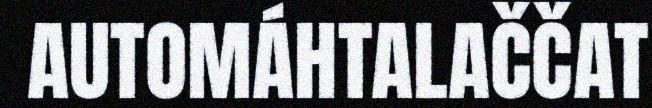
AUTOMÁHTALAČČAT